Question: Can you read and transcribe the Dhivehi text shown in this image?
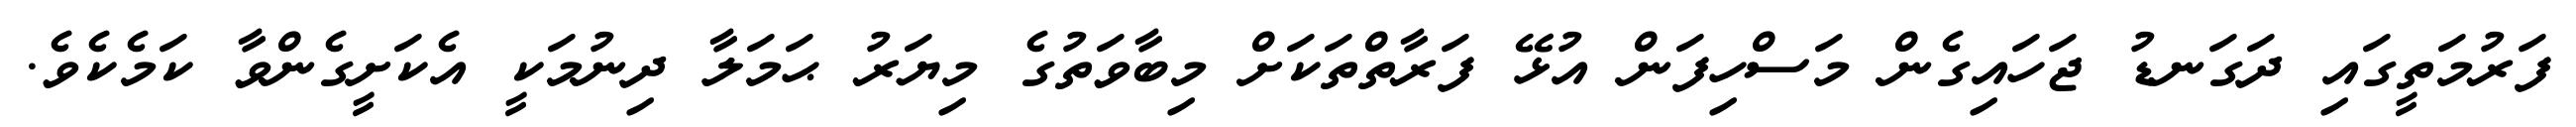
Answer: ފަރުމަތީގައި ދަގަނޑު ޖަހައިގެން މަސްހިފަން އުޅޭ ފަރާތްތަކަށް މިބާވަތުގެ މިޔަރު ޙަމަލާ ދިނުމަކީ އެކަށީގެންވާ ކަމެކެވެ.